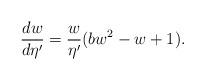
LaTeX: \begin{align*}\frac{dw}{d\eta'} = \frac{w}{\eta'}(bw^2-w+1).\end{align*}